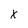
Character: x